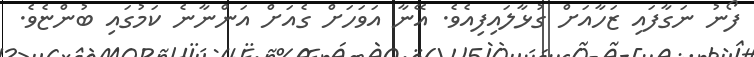
ފޯނު ނަގާފައި ޒަހާއަށް ގުޅާލައިފިއެވެ. އޭނާ އަވަހަށް ގެއަށް އަންނާނެ ކަމުގައި ބުންޏެވެ.